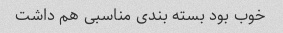
خوب بود بسته بندی مناسبی هم داشت